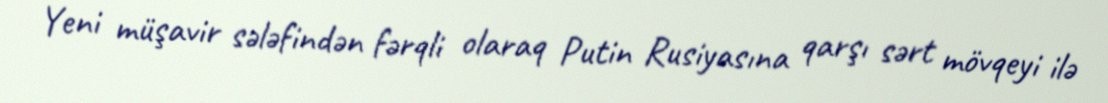
Yeni müşavir sələfindən fərqli olaraq Putin Rusiyasına qarşı sərt mövqeyi ilə